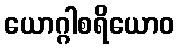
ယောဂ္ဂါစရိယောဝ